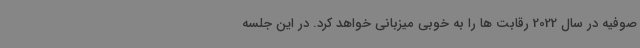
صوفیه در سال 2022 رقابت ها را به خوبی میزبانی خواهد کرد. در این جلسه